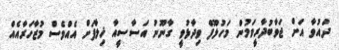
ދައުވާ އަށް ޖަވާބުދާރީވަމުން މަހުލޫފް ވިދާޅުވީ ގާނޫނު އަސާސީއާ ޚިލާފަށް އެއްވެސް މުޒާހަރާއެއް